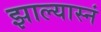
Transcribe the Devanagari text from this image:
झाल्यास्नं